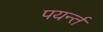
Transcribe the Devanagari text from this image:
पयर्न्तं